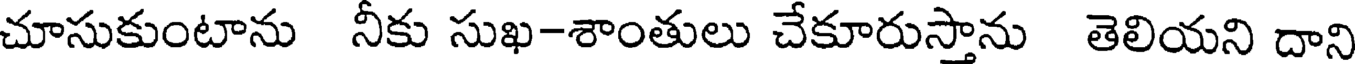
చూసుకుంటాను నీకు సుఖ-శాంతులు చేకూరుస్తాను తెలియని దాని